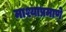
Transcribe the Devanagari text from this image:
माश्याप्रमाणे